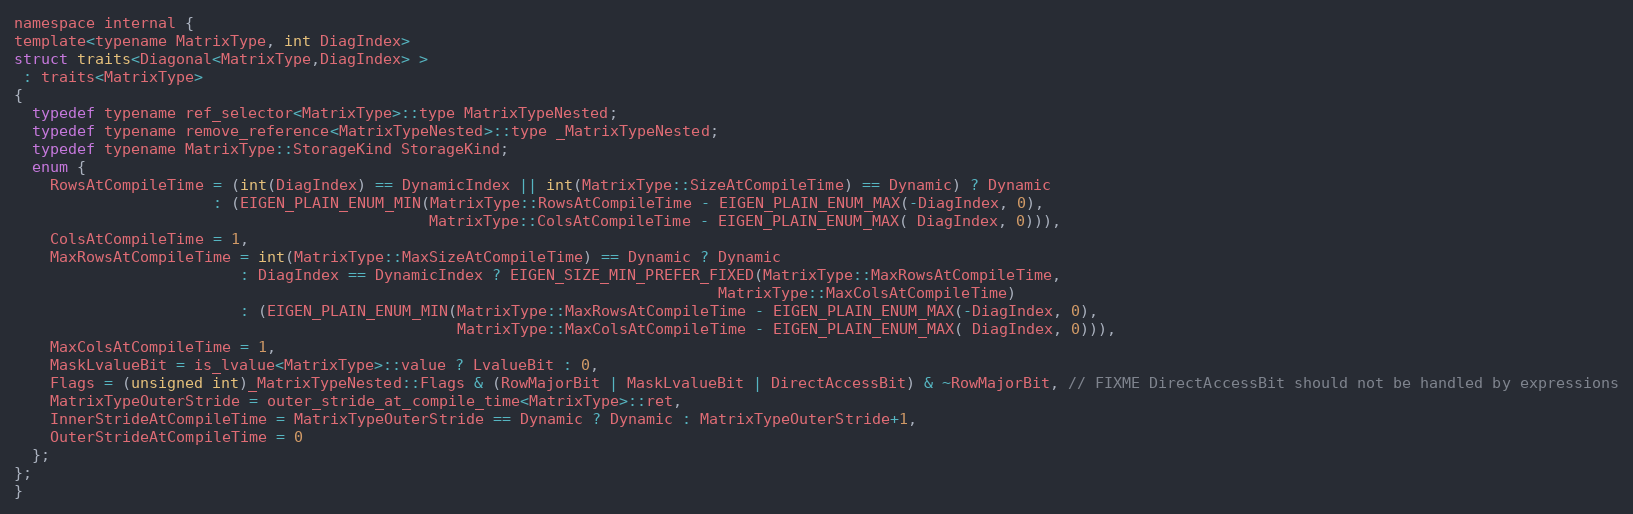
Language: C
namespace internal {
template<typename MatrixType, int DiagIndex>
struct traits<Diagonal<MatrixType,DiagIndex> >
 : traits<MatrixType>
{
  typedef typename ref_selector<MatrixType>::type MatrixTypeNested;
  typedef typename remove_reference<MatrixTypeNested>::type _MatrixTypeNested;
  typedef typename MatrixType::StorageKind StorageKind;
  enum {
    RowsAtCompileTime = (int(DiagIndex) == DynamicIndex || int(MatrixType::SizeAtCompileTime) == Dynamic) ? Dynamic
                      : (EIGEN_PLAIN_ENUM_MIN(MatrixType::RowsAtCompileTime - EIGEN_PLAIN_ENUM_MAX(-DiagIndex, 0),
                                              MatrixType::ColsAtCompileTime - EIGEN_PLAIN_ENUM_MAX( DiagIndex, 0))),
    ColsAtCompileTime = 1,
    MaxRowsAtCompileTime = int(MatrixType::MaxSizeAtCompileTime) == Dynamic ? Dynamic
                         : DiagIndex == DynamicIndex ? EIGEN_SIZE_MIN_PREFER_FIXED(MatrixType::MaxRowsAtCompileTime,
                                                                              MatrixType::MaxColsAtCompileTime)
                         : (EIGEN_PLAIN_ENUM_MIN(MatrixType::MaxRowsAtCompileTime - EIGEN_PLAIN_ENUM_MAX(-DiagIndex, 0),
                                                 MatrixType::MaxColsAtCompileTime - EIGEN_PLAIN_ENUM_MAX( DiagIndex, 0))),
    MaxColsAtCompileTime = 1,
    MaskLvalueBit = is_lvalue<MatrixType>::value ? LvalueBit : 0,
    Flags = (unsigned int)_MatrixTypeNested::Flags & (RowMajorBit | MaskLvalueBit | DirectAccessBit) & ~RowMajorBit, // FIXME DirectAccessBit should not be handled by expressions
    MatrixTypeOuterStride = outer_stride_at_compile_time<MatrixType>::ret,
    InnerStrideAtCompileTime = MatrixTypeOuterStride == Dynamic ? Dynamic : MatrixTypeOuterStride+1,
    OuterStrideAtCompileTime = 0
  };
};
}